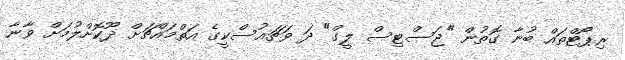
ރިޕޯޓްތައް ބުނާ ގޮތުން "ޖަސްޓިސް ލީގް" ދަ ވަޗައުސްކީގެ އަތްމައްޗަށް ދޫކޮށްލުމަށް ވާނާ